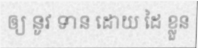
ឲ្យ នូវ ទាន ដោយ ដៃ ខ្លួន